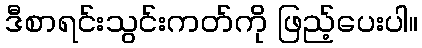
ဒီစာရင်းသွင်းကတ်ကို ဖြည့်ပေးပါ။